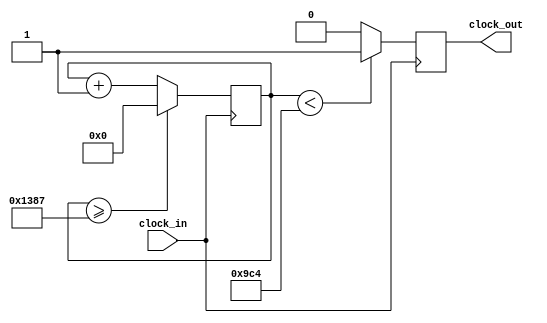
`timescale 1ns / 1ps
//////////////////////////////////////////////////////////////////////////////////
// Company: 
// Engineer: 
// 
// Design Name: 
// Module Name:    Clock_Divider_PWM 
// Project Name: 
// Target Devices: 
// Tool versions: 
// Description: 
//
// Dependencies: 
//
// Revision: 
// Revision 0.01 - File Created
// Additional Comments: 
//
//////////////////////////////////////////////////////////////////////////////////
module Clock_Divider_PWM(clock_in,clock_out
    );
input clock_in; // input clock on FPGA
output reg clock_out; // output clock after dividing the input clock by divisor
reg[27:0] counter=28'd0;
parameter DIVISOR = 28'd5_000;
// The frequency of the output clk_out
//  = The frequency of the input clk_in divided by DIVISOR
// For example: Fclk_in = 50Mhz, if you want to get 1Hz signal to blink LEDs
// You will modify the DIVISOR parameter value to 28'd50.000.000
// Then the frequency of the output clk_out = 50Mhz/50.000.000 = 1Hz
always @(posedge clock_in)
begin
 counter <= counter + 28'd1;
 if(counter>=(DIVISOR-1))
  counter <= 28'd0;
 clock_out <= (counter<DIVISOR/2)?1'b1:1'b0;
end
endmodule